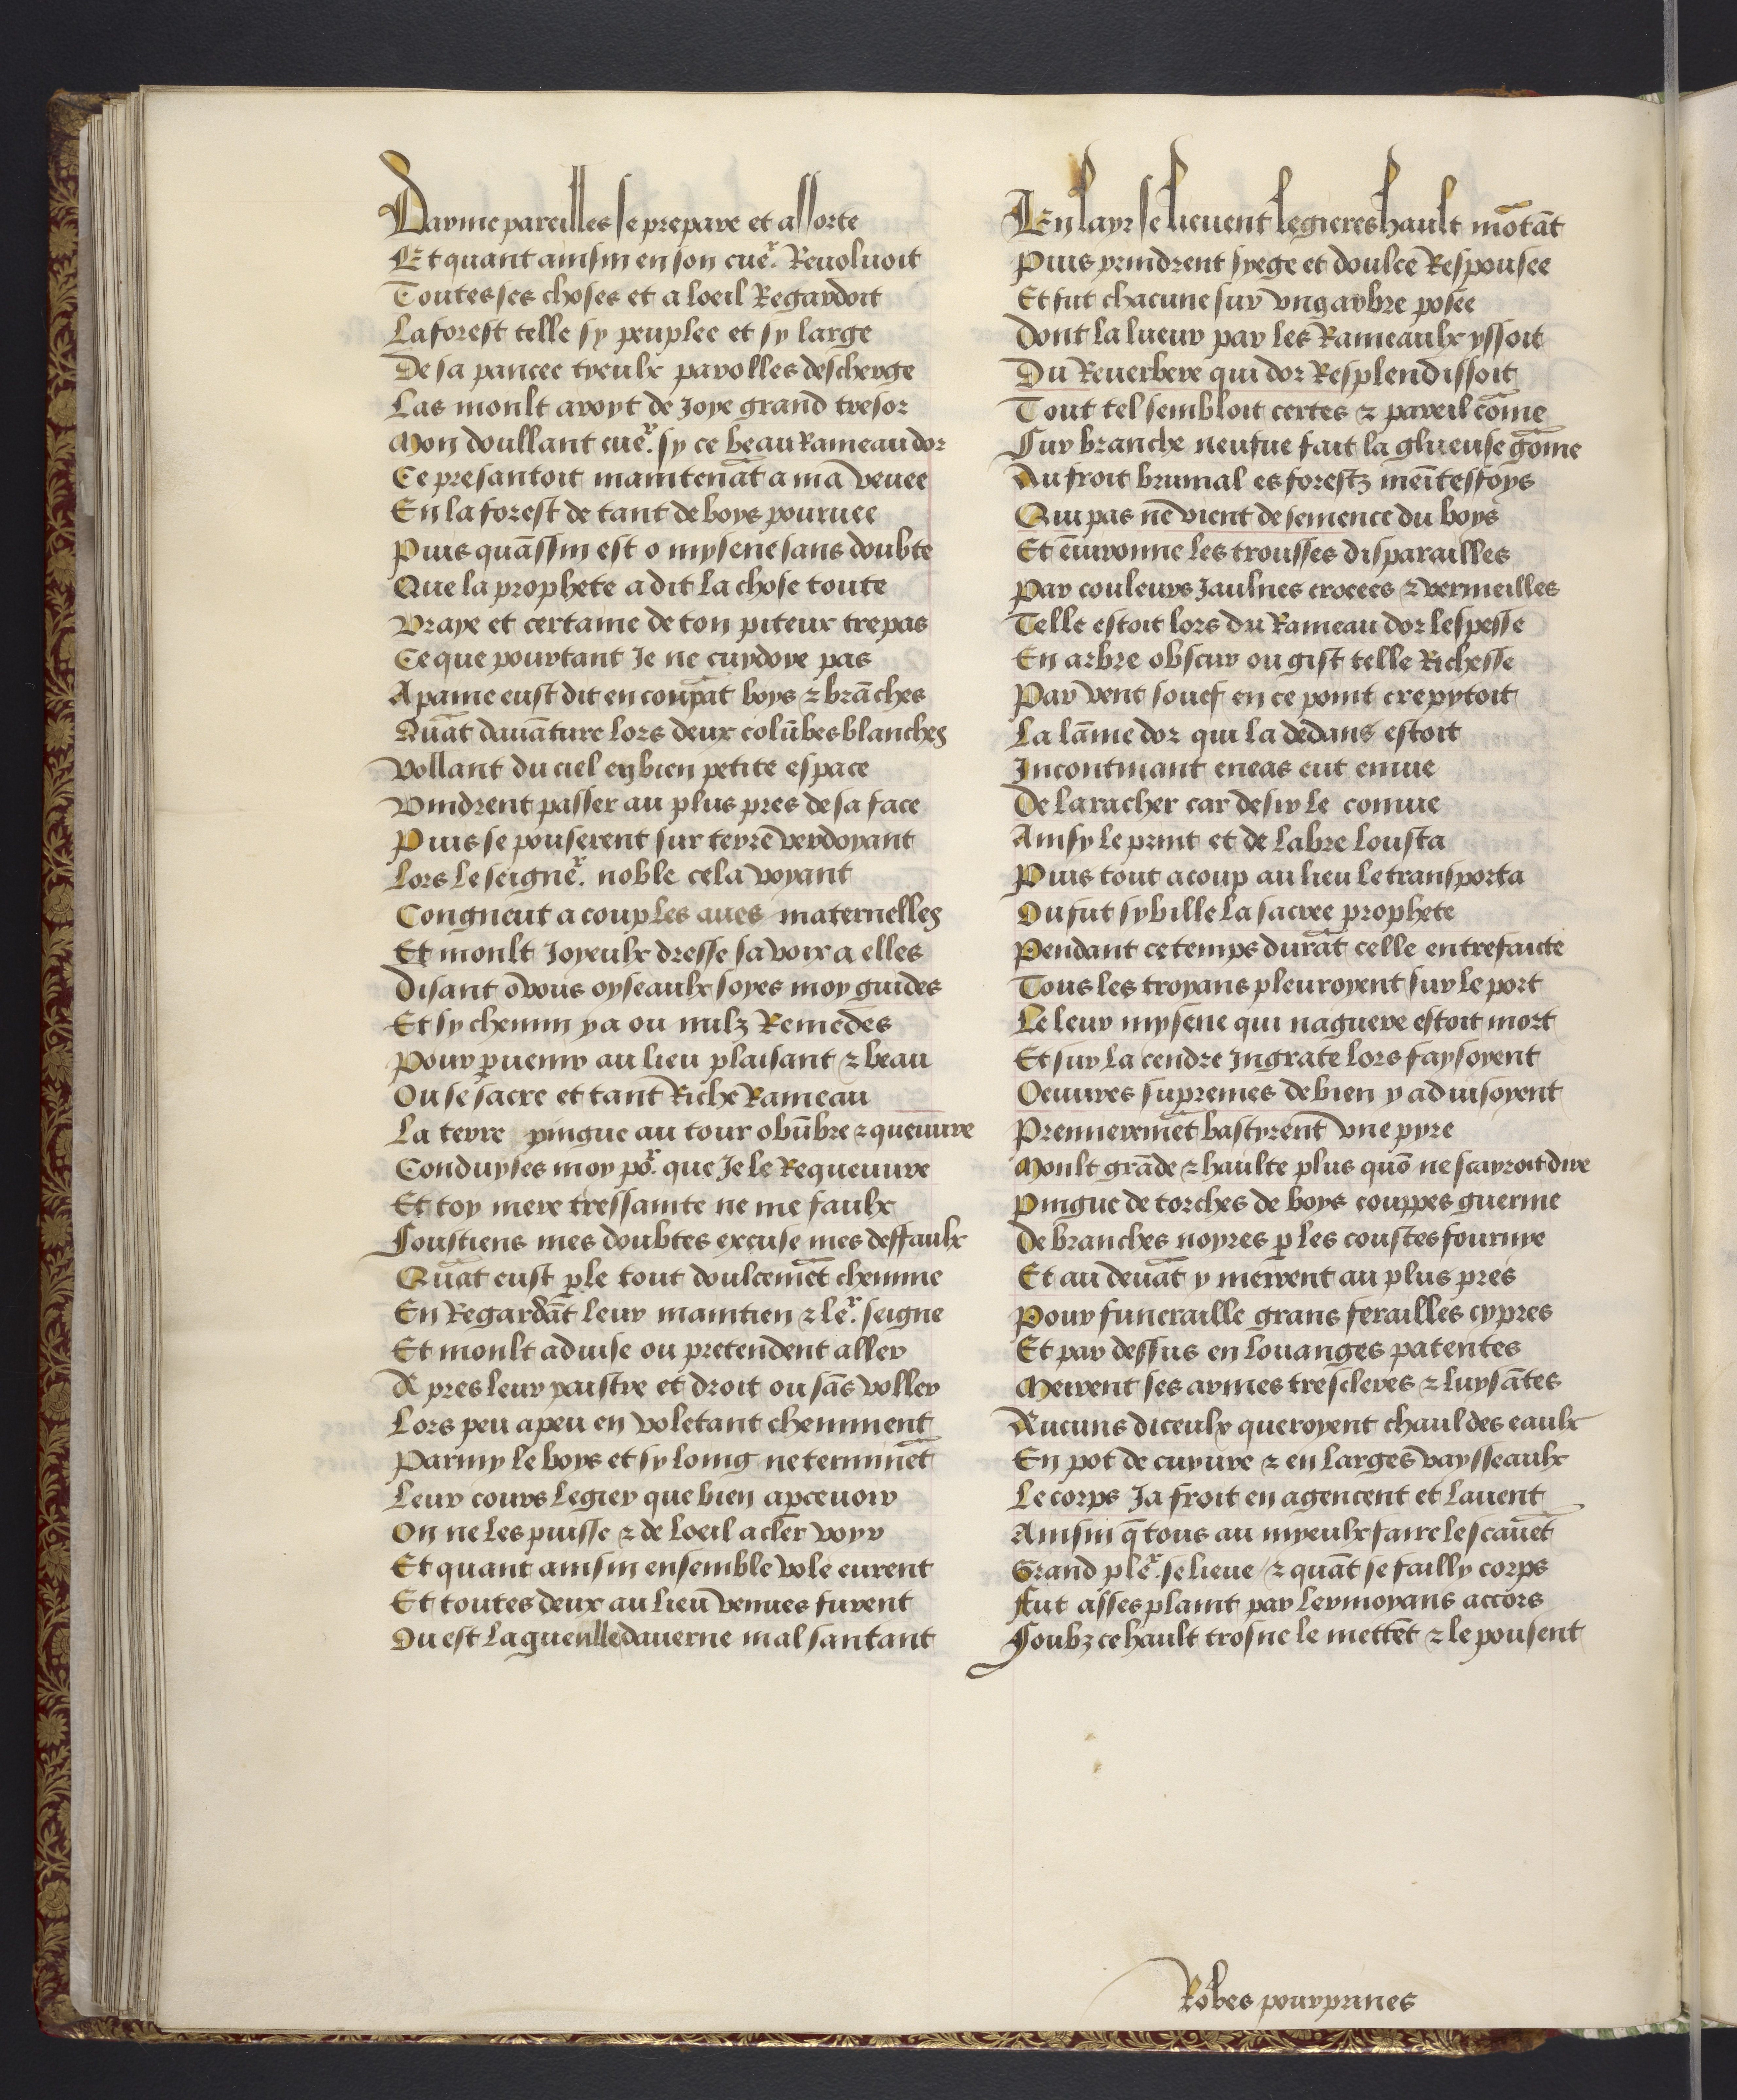
Shelfmark: Philadelphia, University of Pennsylvania, codex 909
Century: 15